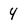
Character: 4